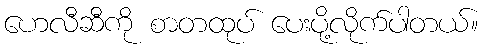
ဟေလီဆီကို စာတထုပ် ပေးပို့လိုက်ပါတယ်။